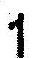
1